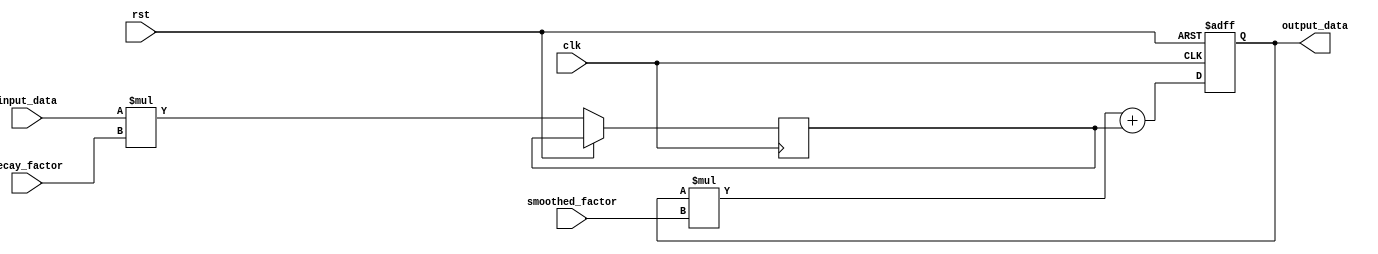
module EMA_accumulator(
  input wire clk,
  input wire rst,
  input wire [7:0] input_data,
  input wire [7:0] decay_factor,
  input wire [7:0] smoothed_factor,
  output reg [15:0] output_data
);

reg [7:0] weighted_input;
reg [15:0] sum;

always @(posedge clk or posedge rst) begin
  if (rst) begin
    sum <= 8'b0;
  end else begin
    weighted_input <= input_data * decay_factor;
    sum <= (sum * smoothed_factor) + weighted_input;
  end
end

assign output_data = sum;

endmodule